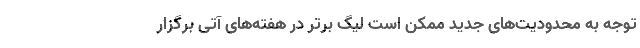
توجه به محدودیت‌های جدید ممکن است لیگ برتر در هفته‌های آتی برگزار